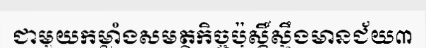
ជាមួយកម្លាំងសមត្ថកិច្ចប៉ុស្តិ៍ស្ទឹងមានជ័យ៣